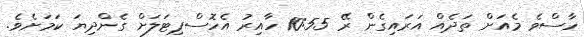
ހާސްވެ މެއަށް ތަދެއް އަރައިގެން ރޭ 10:55 ހާއިރު އެހޮސްޕިޓަލަށް ގެންދިޔަ ކަމަށެވެ.